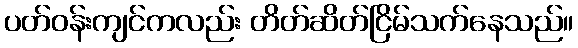
ပတ်ဝန်းကျင်ကလည်း တိတ်ဆိတ်ငြိမ်သက်နေသည်။